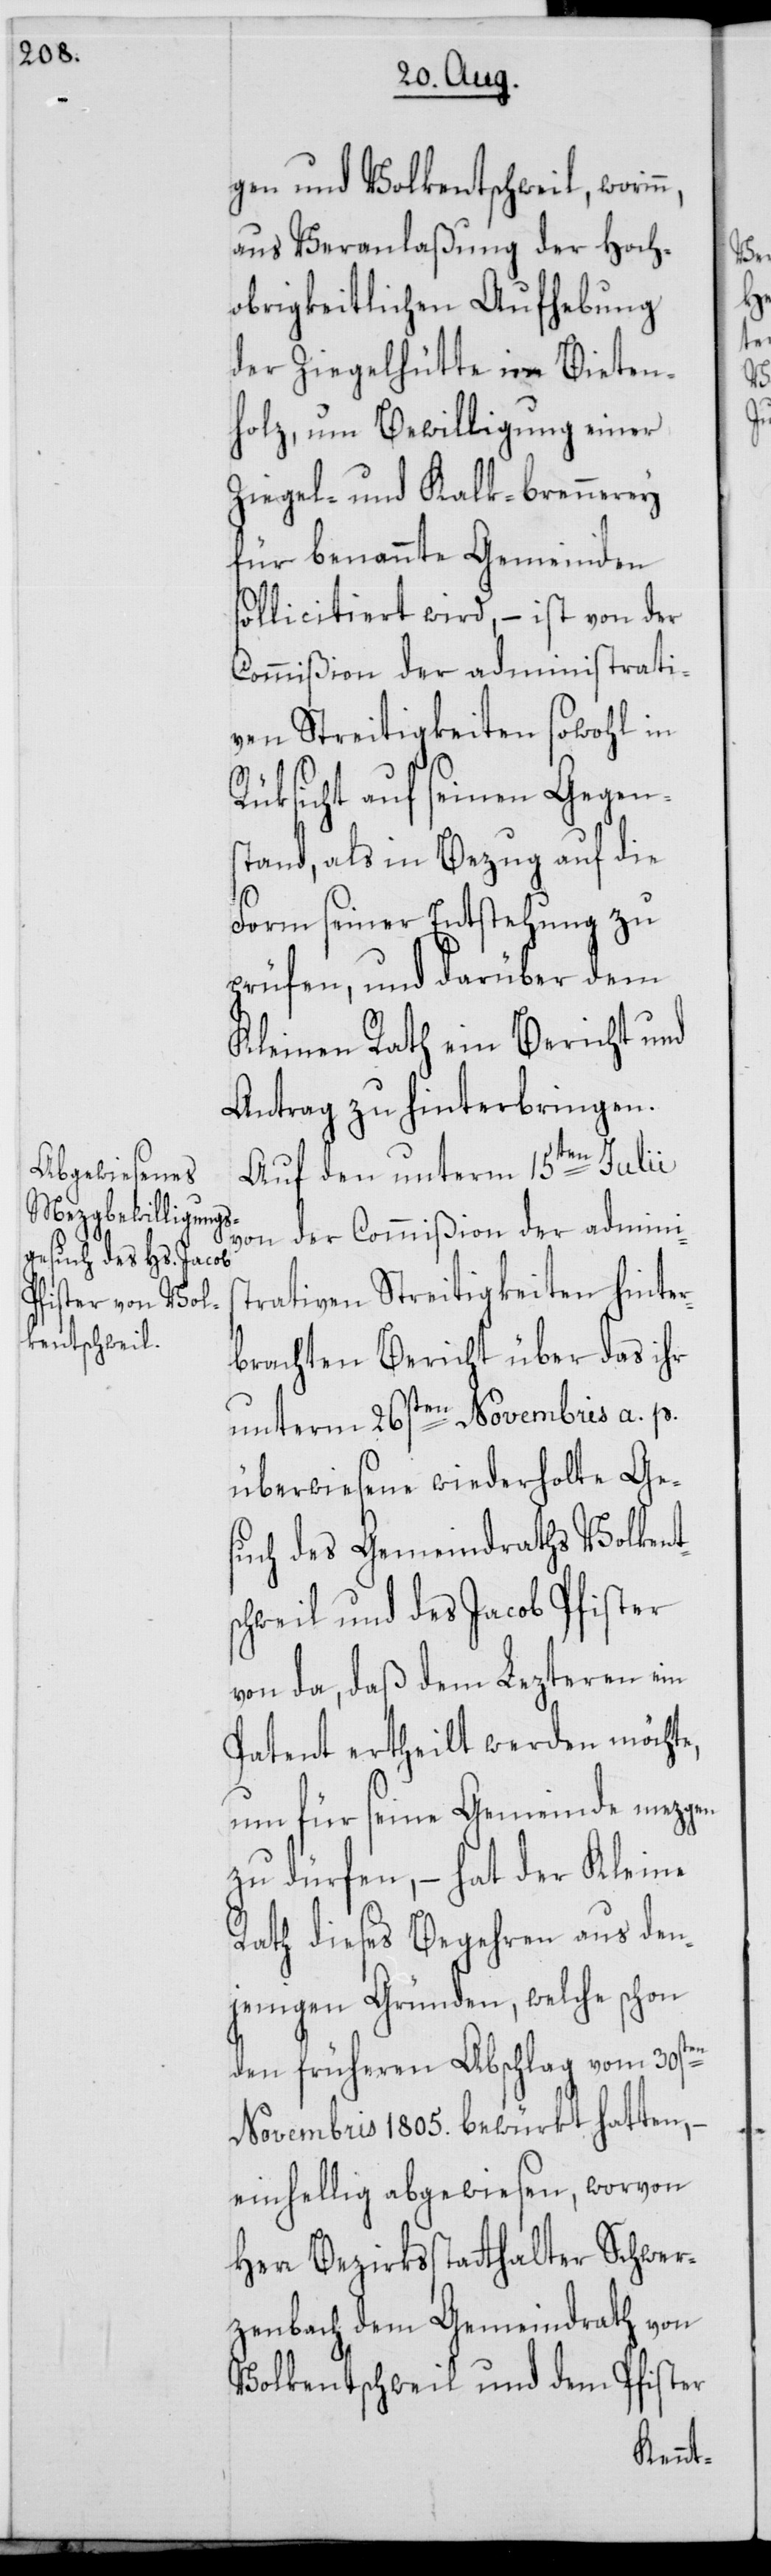
gen und Volkentschweil, worin¬
aus Veranlaßung der Hoch¬
obrigkeitlichen Aufhebung
der Ziegelhütte im Bieten¬
holz, um Bewilligung einer
Zigel- und Kalk-brennerey
für benannte Gemeinden
sollicitiert wird, – ist von der
Commißion der administrati¬
ven Streitigkeiten sowohl in
Rüksicht auf seinen Gegens¬
tand, als in Bezug auf die
Form seiner Entstehung zu
prüfen, und darüber dem
Kleinen Rath ein Bericht und
Antrag zu hinterbringen.
Auf den unterm 15ten Julii
von der Commißion der adminis¬
trativen Streitigkeiten hinter¬
brachten Bericht über das ihr
unterm 26sten Novembris a. p.
überwiesene wiederholte Ge¬
such des Gemeindraths Volkent¬
chweil und des Jacob Pfister
von da, daß dem Lezteren ein
Patent ertheilt werden möchte,
um für seine Gemeinde mezgen
zu dürfen, – hat der Kleine
Rath dieses Begehren aus den¬
jenigen Gründen, welche schon
den früheren Abschlag vom 30sten
Novembris 1805. bewürkt hatten, –
einhellig abgewiesen, worvon
Herr Bezirksstatthalter Schwer¬
zenbach dem Gemeindrath von
Volkentschweil und dem Pfister

s¬